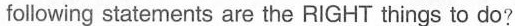
following statements are the RIGHT things to do?